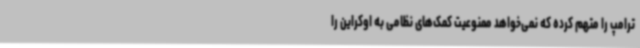
ترامپ را متهم کرده که نمی‌خواهد ممنوعیت کمک‌های نظامی به اوکراین را